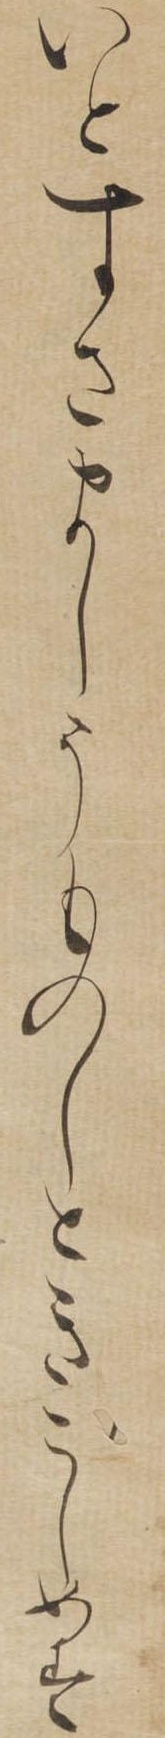
いとすさましうものしときこしめす